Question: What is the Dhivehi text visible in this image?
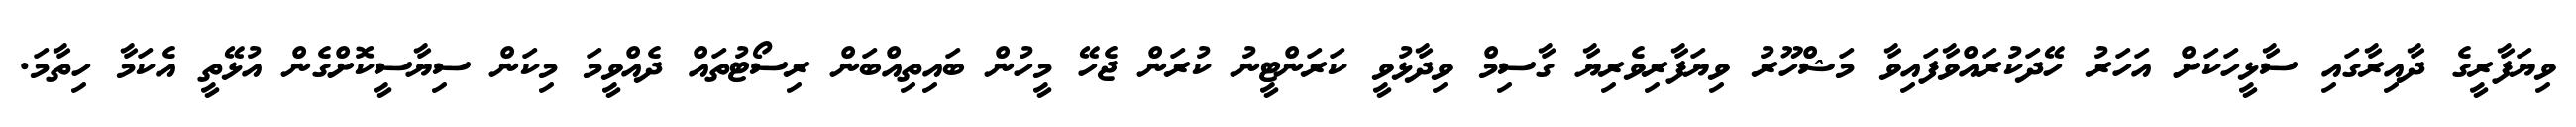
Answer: ވިޔަފާރީގެ ދާއިރާގައި ސާޅީހަކަށް އަހަރު ހޭދަކުރައްވާފައިވާ މަޝްހޫރު ވިޔަފާރިވެރިޔާ ގާސިމް ވިދާޅުވީ ކަރަންޓީނު ކުރަން ޖެހޭ މީހުން ބައިތިއްބަން ރިސޯޓުތައް ދެއްވީމަ މިކަން ސިޔާސީކޮށްގެން އުޅޭތީ އެކަމާ ހިތާމަ.